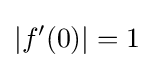
|f'(0)|=1